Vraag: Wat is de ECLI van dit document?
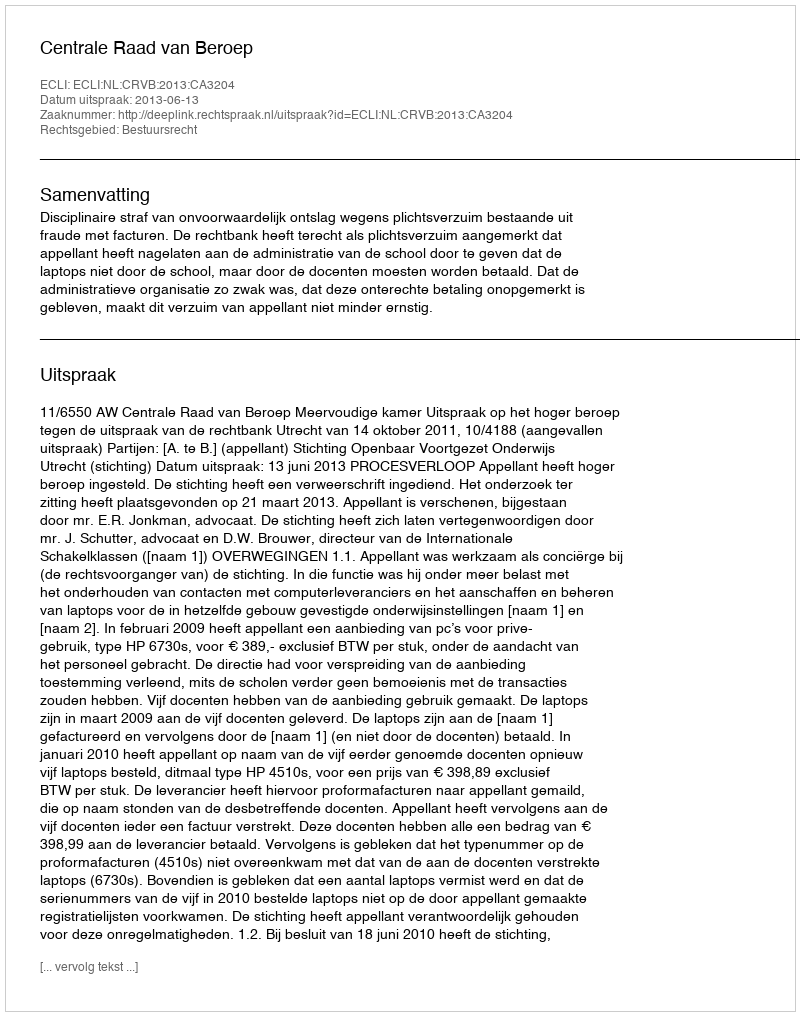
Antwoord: ECLI:NL:CRVB:2013:CA3204